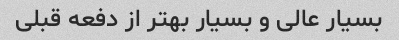
بسیار عالى و بسیار بهتر از دفعه قبلى